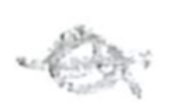
Text: a
Cross-out: single-line
Writing tool: pencil